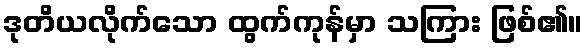
ဒုတိယလိုက်သော ထွက်ကုန်မှာ သကြား ဖြစ်၏။